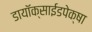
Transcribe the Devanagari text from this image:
डायॉक्साईडपेक्षा